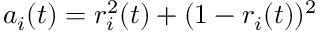
a _ { i } ( t ) = r _ { i } ^ { 2 } ( t ) + ( 1 - r _ { i } ( t ) ) ^ { 2 }